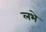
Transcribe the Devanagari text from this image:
लभे